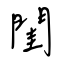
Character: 閨